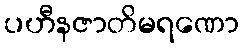
ပဟီနဇာတိမရဏော